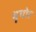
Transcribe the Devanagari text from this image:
भृगोर